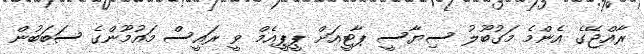
ރާއްޖޭގެ އެންމެ މަގުބޫލު ސިޔާސީ ޕާޓީއަށް ޕީޕީއެމް ވީ ރައީސް މައުމޫންގެ ސަބަބުން